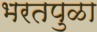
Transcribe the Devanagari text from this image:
भरतपुळा